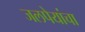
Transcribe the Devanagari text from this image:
जलपेयांचा